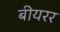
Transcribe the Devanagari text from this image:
बीयरर